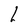
Character: l